Bulletin of the Pasteur Institute of Southern India, Coonoor - No. 1.
Year: 1908
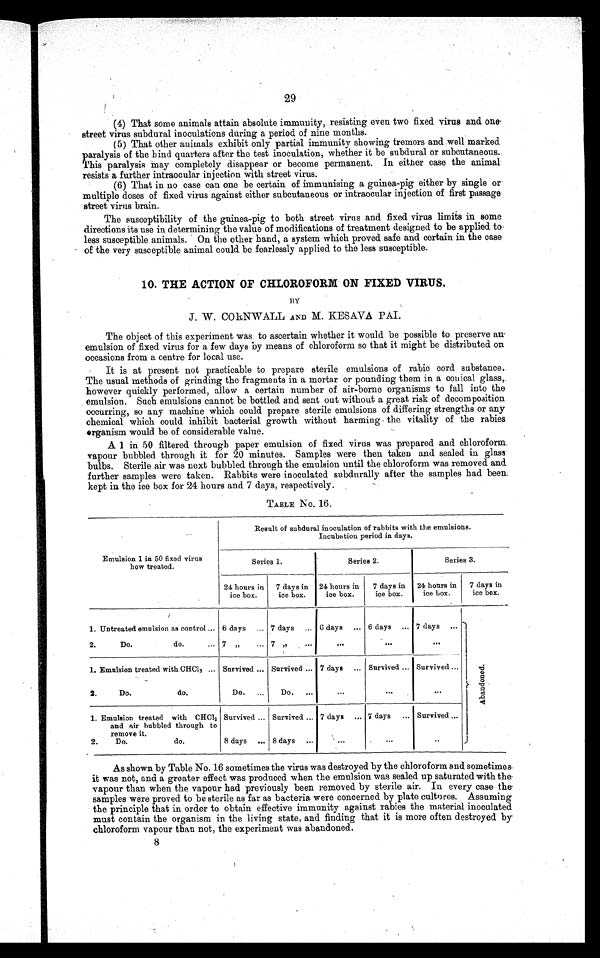
29
(4) That some animals attain absolute immunity, resisting even two fixed virus and one
street virus subdural inoculations during a period of nine months.
(5) That other animals exhibit only partial immunity showing tremors and well marked.
paralysis of the hind quarters after the test inoculation, whether it be subdural or subcutaneous..
This paralysis may completely disappear or become permanent. In either case the animal
resists a further intraocular injection with street virus.
(6) That in no case can one be certain of immunising a guinea-pig either by single or
multiple doses of fixed virus against either subcutaneous or intraocular injection of first passage
street virus brain.
The susceptibility of the guinea-pig to both street virus and fixed virus limits in some
directions its use in determining the value of modifications of treatment designed to be applied to.
less susceptible animals. On the other hand, a system which proved safe and certain in the case
- of the very susceptible animal could be fearlessly applied to the less susceptible.
10. THE ACTION OF CHLOROFORM ON FIXED VIRUS.
BY
W. COKNWALL AND M. KESAVA PAI.
The object of this experiment was to ascertain whether it would be possible to preserve au
emulsion of fixed virus for a few days by means of chloroform so that it might be distributed on
occasions from a centre for local use.
lt is at present not practicable to prepare sterile emulsions of rabic cord substance.
The usual methods of grinding the fragments in a mortar or pounding them in a conical glass,
however quickly performed, allow a certain number of air-borne organisms to fall into the
emulsion. Such emulsions cannot be bottled and sent out without a great risk of decomposition
occurring, so any machine which could prepare sterile emulsions of differing strengths or any
chemical which could inhibit bacterial growth without harming the vitality of the rabies
organism would be of considerable value.
A 1 i n 5 0 f i l t e r e d t h r o u g h p a p e r e m u l s i o n o f f i x e d v i r u s w a s p r e p a r e d a n d c h l o r o f o r m
vapour bubbled through it for 20 minutes. Samples were then taken and sealed in glass-
bulbs. Sterile air was next bubbled through the emulsion until the chloroform was removed and
further samples were taken. Rabbits were inoculated subdurally after the samples had been
kept in the ice box for 24 hours and 7 days, respectively.
TABLE NO. 16.
Emulsion 1 in 50 fixed virus
how treated.
Result of subdural inoculation of rabbits with the emulsions.
Incubation period in days.
Series 1.
Series 2.
Series 3.
7 days in
ice box.
24 hours in
ice box.
7 days in
ice box.
24 hours in
ice box.
7 days in
ice box.
24 hours in
ice box.
1. Untreated emulsion as control ...
2.
Do.
do.
6 days ...
7
7 days ...
7
6 days ... 6 days ... 7 days ...
1. Emulsion treated with CHCl 3 ... ...
2.
Do.
do.
Survived ...
Do. ...
Survived ...
Do. ...
7 days ...
...
Survived ...
...
_
Survived ...
...
A b a n d o n e d .
1. Emulsion treated with CHCl 3
and air bubbled through to
remove it.
2.
Do.
do.
Survived ...
8 days ...
Survived ...
8 days ...
7 days ... 7 days ...
...
Survived
..
As shown by Table No. 16 sometimes the virus was destroyed by the chloroform and sometimes.
it was not, and a greater effect was produced when the emulsion was sealed up saturated with the
vapour than when the vapour had previously been removed by sterile air. In every case the
samples were proved to be sterile as far as bacteria were concerned by plate cultures. Assuming
the principle that in order to obtain effective immunity against rabies the material inoculated
must contain the organism in the living state, and finding that it is more often destroyed by
chloroform vapour than not, the experiment was abandoned.
8